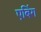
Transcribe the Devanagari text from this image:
एबिंग